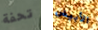
تحفة الأبيض